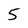
Character: 5